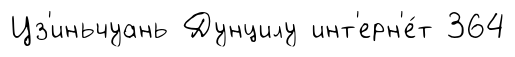
Цз'иньчуань Дунцилу инт'ерн'е́т 364